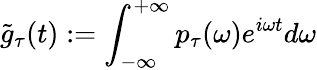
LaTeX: \tilde{g}_{\tau}(t):=\int_{-\infty}^{+\infty}p_{\tau}(\omega)e^{i\omega t}d\omega